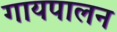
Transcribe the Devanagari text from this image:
गायपालन